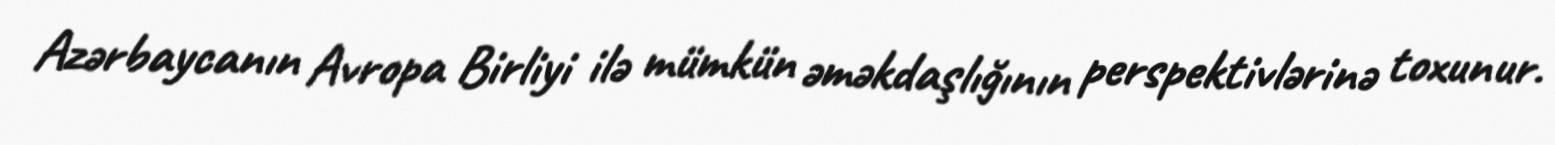
Azərbaycanın Avropa Birliyi ilə mümkün əməkdaşlığının perspektivlərinə toxunur.